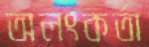
অলংকর্তা